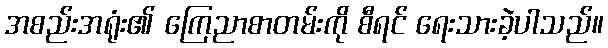
အစည်းအရုံး၏ ကြေညာစာတမ်းကို စီရင် ရေးသားခဲ့ပါသည်။